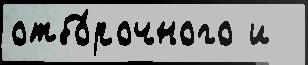
отбо́рочного и